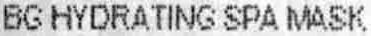
BG HYDRATING SPA MASK